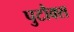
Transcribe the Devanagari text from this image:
पुटौक्स